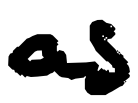
Text: as
Cross-out: clean
Writing tool: digital_black